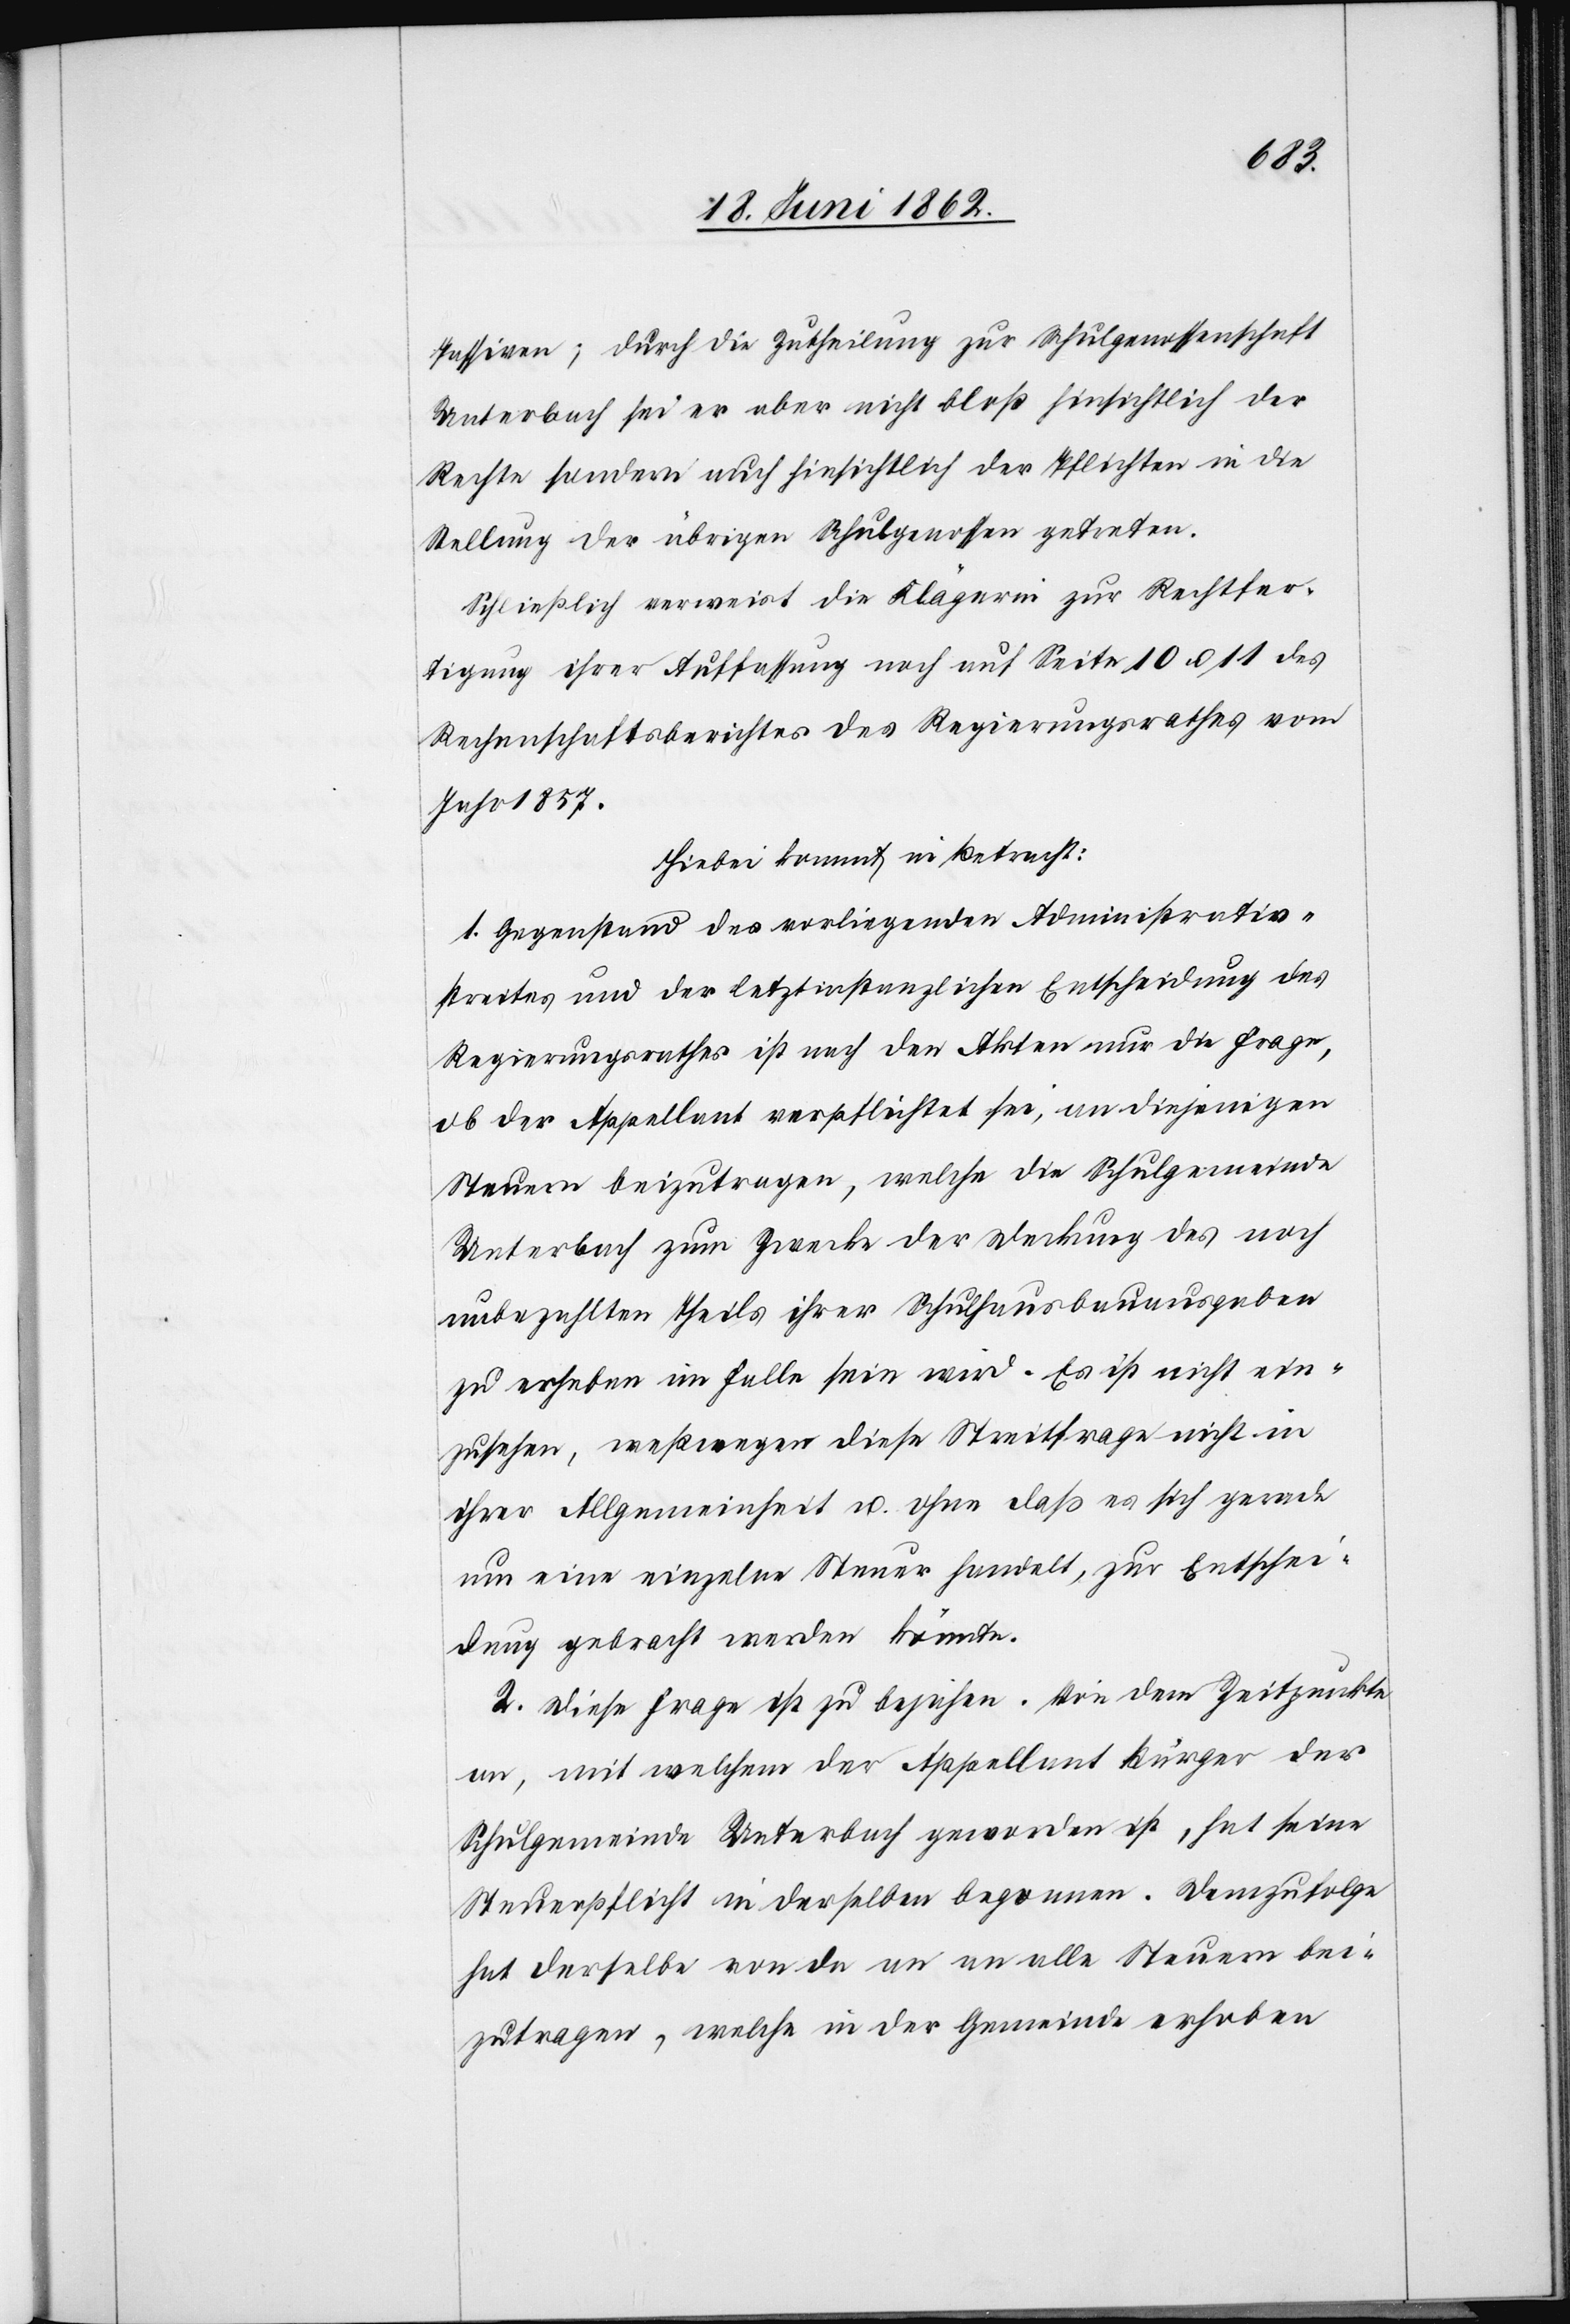
Passiven; durch die Zutheilung zur Schulgenossenschaft
Unterbach sei er aber nicht bloß hinsichtlich der
Rechte sondern auch hinsichtlich der Pflichten in die
Stellung der übrigen Schulgenossen getreten.
Schließlich verweist die Klägerin zur Rechtfer¬
tigung ihrer Auffassung noch auf Seite 10 u. 11 des
Rechenschaftsberichtes des Regierungsrathes vom
Jahr 1857.
Hiebei kommt in Betracht:
1. Gegenstand des vorliegenden Administrativ¬
streites und der letztinstanzlichen Entscheidung des
Regierungsrathes ist nach den Akten nur die Frage,
ob der Appellant verpflichtet sei, an diejenigen
Steuern beizutragen, welche die Schulgemeinde
Unterbach zum Zwecke der Deckung des noch
unbezahlten Theils ihrer Schulhausbauausgaben
zu erheben im Falle sein wird. Es ist nicht ein¬
zusehen, weßwegen diese Streitfrage nicht in
ihrer Allgemeinheit u. ohne daß es sich gerade
um eine einzelne Steuer handelt, zur Entschei¬
dung gebracht werden könnte.
2. Diese Frage ist zu bejahen. Von dem Zeitpunkte
an, mit welchem der Appellant Bürger der
Schulgemeinde Unterbach geworden ist, hat seine
Steuerpflicht in derselben begonnen. Demzufolge
hat derselbe von da an an alle Steuern bei¬
zutragen, welche in der Gemeinde erhoben